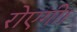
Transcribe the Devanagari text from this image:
रोएगी।